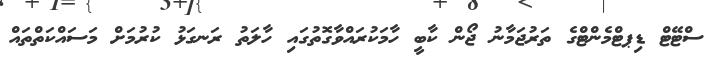
ސްޓޭޓް ޑިޕޓްްމެންޓްގެ ތަރުޖަމާނު ޖޯން ކާބީ ހާމަކުރައްވާގޮތުގައި ހާލަތު ރަނގަޅު ކުރުމަށް މަސައްކަތްތައް